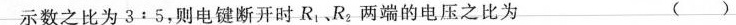
示数之比为3:5，则电键断开时R_{1}、R_{2}；两端的电压之比为（）